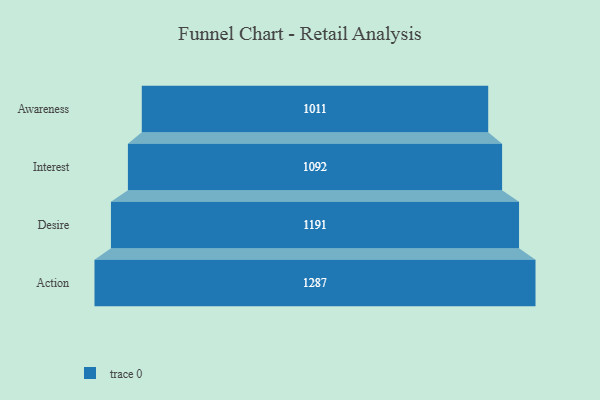
{"axis": {"x": "Stage", "y": "Value"}, "legend": [""], "data": [{"x": "Awareness", "y": 1011.0, "type": ""}, {"x": "Interest", "y": 1092.0, "type": ""}, {"x": "Desire", "y": 1191.0, "type": ""}, {"x": "Action", "y": 1287.0, "type": ""}]}